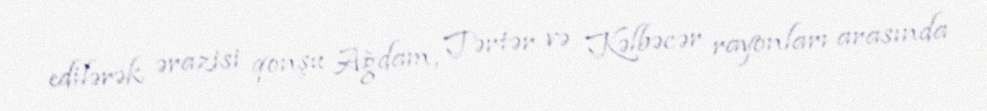
edilərək ərazisi qonşu Ağdam, Tərtər və Kəlbəcər rayonları arasında